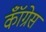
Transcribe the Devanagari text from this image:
कॉँंग्रेस